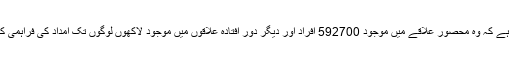
شام کے لیے اقوام متحدہ کے دفتر کا کہنا ہے کہ وہ محصور علاقے میں موجود 592700 افراد اور دیگر دور افتادہ علاقوں میں موجود لاکھوں لوگوں تک امداد کی فراہمی کے "تمام ممکنہ اقدام" پر غور کر رہا ہے۔